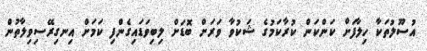
އުސޫލުތަކާ ހިލާފަށް ކަންކަން ކުރާކަމުގެ ޝަކުވާ ވަރަށް ބޮޑަށް ލިބިވަޑައިގެންފި ކަމަށް އިނގިރޭސިވިލާތުން